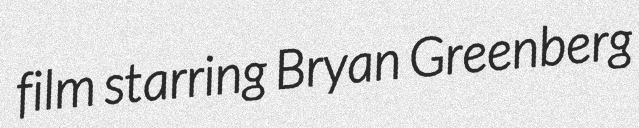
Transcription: film starring Bryan Greenberg